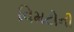
વિમટોની